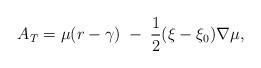
LaTeX: \begin{align*}A_{T}=\mu(r-\gamma)\;-\;\frac{1}{2}(\xi-\xi_{0})\nabla\mu,\end{align*}